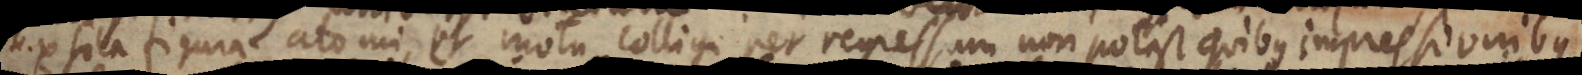
ex sola figura atomi et motu colligi per regressum non potest quibus impressionibus